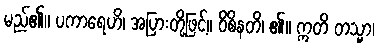
မည်၏။ ပကာရေဟိ၊ အပြားတို့ဖြင့်။ ဝိစိနတိ၊ ၏။ ဣတိ တသ္မာ၊